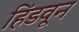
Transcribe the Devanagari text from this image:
हिंडवून